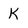
Character: k